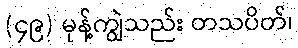
(၄၉) မုန့်ကျွဲသည်း တသပိတ်၊